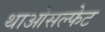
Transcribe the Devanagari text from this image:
थाओसल्फेट